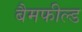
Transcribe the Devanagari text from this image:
बैमफील्ड